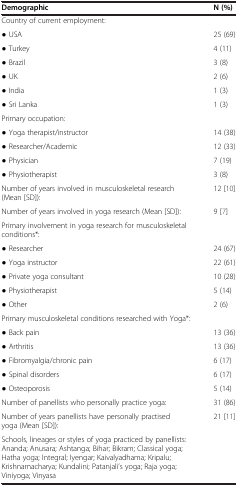
| Demographic | N (%) |
 | --- | --- |
 | <COLSPAN=2> Country of current employment: |
 | ● USA | 25 (69) |
 | ● Turkey | 4 (11) |
 | ● Brazil | 3 (8) |
 | ● UK | 2 (6) |
 | ● India | 1 (3) |
 | ● Sri Lanka | 1 (3) |
 | <COLSPAN=2> Primary occupation: |
 | ● Yoga therapist/instructor | 14 (38) |
 | ● Researcher/Academic | 12 (33) |
 | ● Physician | 7 (19) |
 | ● Physiotherapist | 3 (8) |
 | Number of years involved in musculoskeletal research (Mean [SD]): | 12 [10] |
 | Number of years involved in yoga research (Mean [SD]): | 9 [7] |
 | <COLSPAN=2> Primary involvement in yoga research for musculoskeletal conditions*: |
 | ● Researcher | 24 (67) |
 | ● Yoga instructor | 22 (61) |
 | ● Private yoga consultant | 10 (28) |
 | ● Physiotherapist | 5 (14) |
 | ● Other | 2 (6) |
 | <COLSPAN=2> Primary musculoskeletal conditions researched with Yoga*: |
 | ● Back pain | 13 (36) |
 | ● Arthritis | 13 (36) |
 | ● Fibromyalgia/chronic pain | 6 (17) |
 | ● Spinal disorders | 6 (17) |
 | ● Osteoporosis | 5 (14) |
 | Number of panellists who personally practice yoga: | 31 (86) |
 | Number of years panellists have personally practised yoga (Mean [SD]): | 21 [11] |
 | <COLSPAN=2> Schools, lineages or styles of yoga practiced by panellists: Ananda; Anusara; Ashtanga; Bihar; Bikram; Classical yoga; Hatha yoga; Integral; Iyengar; Kaivalyadhama; Kripalu; Krishnamacharya; Kundalini; Patanjali’s yoga; Raja yoga; Viniyoga; Vinyasa |